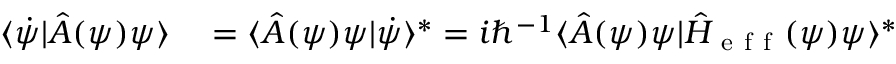
\begin{array} { r l } { \langle \dot { \psi } | \hat { A } ( \psi ) \psi \rangle } & { { } = \langle \hat { A } ( \psi ) \psi | \dot { \psi } \rangle ^ { \ast } = i \hbar ^ { - 1 } \langle \hat { A } ( \psi ) \psi | \hat { H } _ { \mathrm { ~ e ~ f ~ f ~ } } ( \psi ) \psi \rangle ^ { \ast } } \end{array}